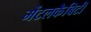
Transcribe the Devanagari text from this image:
मैंटलकैबिटी